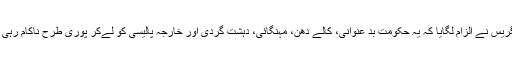
کانگریس نے الزام لگایا کہ یہ حکومت بد عنوانی، کالے دھن، مہنگائی، دہشت گردی اور خارجہ پالیسی کو لےکر پوری طرح ناکام رہی ہے۔